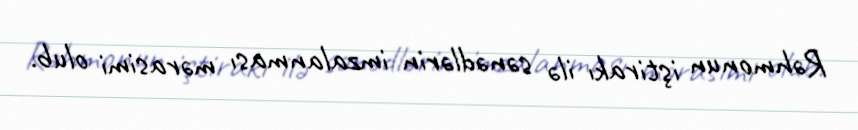
Rəhmonun iştirakı ilə sənədlərin imzalanması mərasimi olub.